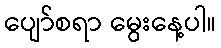
ပျော်စရာ မွေးနေ့ပါ။